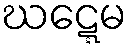
ဃဋ္ဋေမ